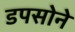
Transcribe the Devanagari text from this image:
डपसोने